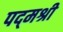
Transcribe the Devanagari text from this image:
पद्‌मश्री